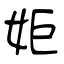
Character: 姖